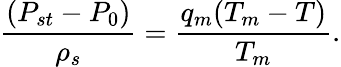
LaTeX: \frac{(P_{st}-P_{0})}{\rho_{s}}=\frac{q_{m}(T_{m}-T)}{T_{m}}.